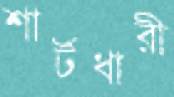
শার্টধারী